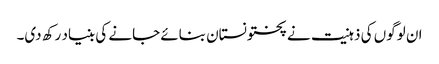
ان لوگوں کی ذہنیت نے پختونستان بنائے جانے کی بنیاد رکھ دی۔